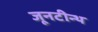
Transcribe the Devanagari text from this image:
जूनटीन्थ